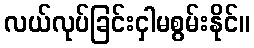
လယ်လုပ်ခြင်းငှါမစွမ်းနိုင်။